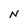
Character: N